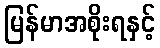
မြန်မာအစိုးရနှင့်